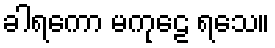
ခါရကော မကုဠေ ရသေ။